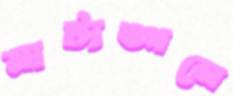
নাট্যঙ্গনে